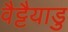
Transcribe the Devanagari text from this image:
वैट्टैयाडु